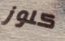
كلوز